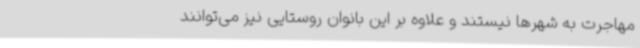
مهاجرت به شهرها نیستند و علاوه بر این بانوان روستایی نیز می‌توانند